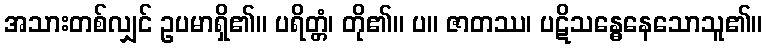
အသားတစ်လျှင် ဥပမာရှိ၏။ ပရိတ္တံ၊ တို၏။ ပ။ ဇာတဿ၊ ပဋိသန္ဓေနေသောသူ၏။